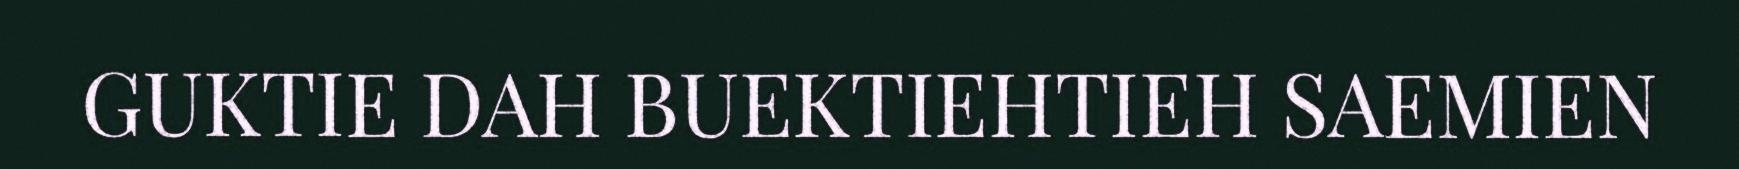
GUKTIE DAH BUEKTIEHTIEH SAEMIEN